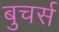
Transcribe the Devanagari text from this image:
बुचर्स